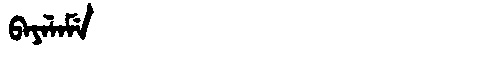
Manchu: ᠪᠠᠶᠠᠯᠠᠮᡝ
Romanization: BAYALAME